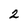
Character: 2